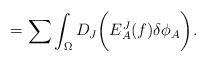
LaTeX: \begin{align*}=\sum\int_{\Omega} D_J\biggl( E^J_A(f)\delta\phi_A\biggr).\end{align*}